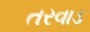
તરવાડ